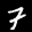
Label: 7